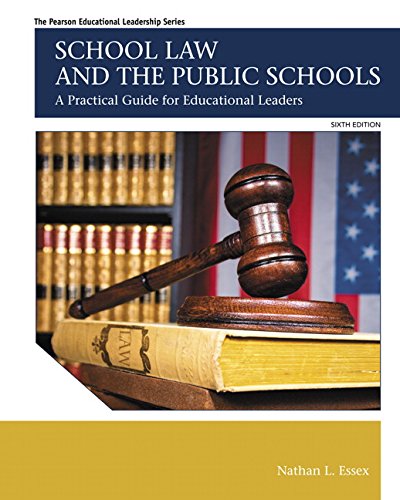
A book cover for School Law and the Public Schools: A Practical Guide for Educational Leaders (6th Edition) (The Pearson Educational Leadership Series); Nathan L. Essex; Education & Teaching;